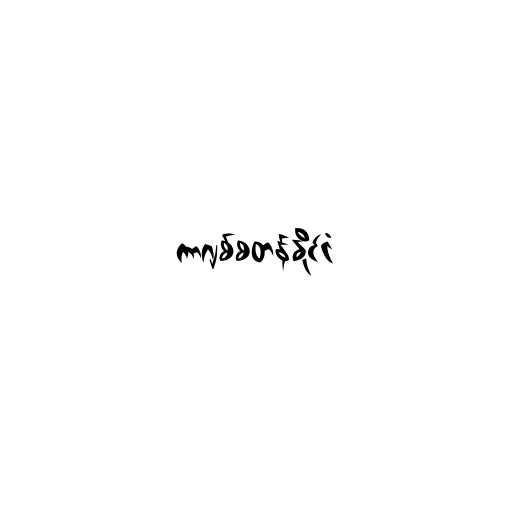
ကာဂျစ်စတန်နိုင်ငံ